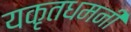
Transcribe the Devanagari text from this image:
यकृतधमनी